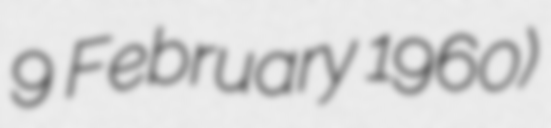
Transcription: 9 February 1960)